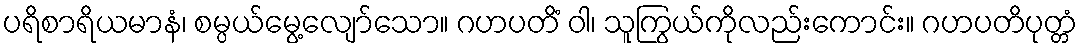
ပရိစာရိယမာနံ၊ စမ္ပယ်မွေ့လျော်သော။ ဂဟပတိံ ဝါ၊ သူကြွယ်ကိုလည်းကောင်း။ ဂဟပတိပုတ္တံ